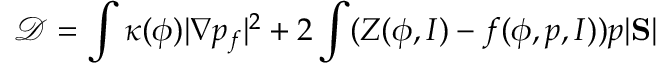
\mathcal D = \int \kappa ( \phi ) | \nabla p _ { f } | ^ { 2 } + 2 \int ( Z ( \phi , I ) - f ( \phi , p , I ) ) p | \mathrm { \bf S } |